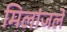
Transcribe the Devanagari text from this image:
मिलांजले